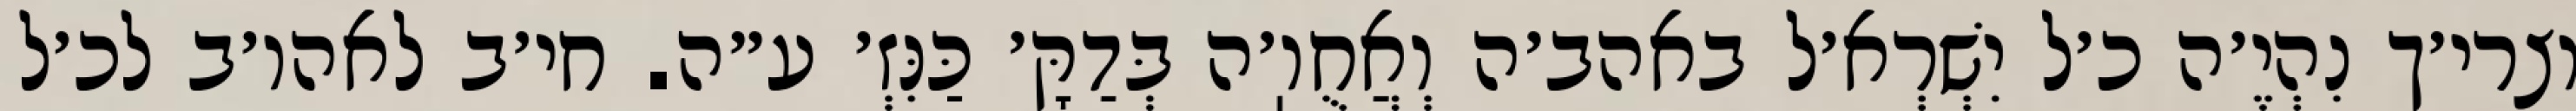
וצרי׳ך נִהְיֶ׳ה כ׳ל יִשְׁרְא׳ל באהב׳ה וְאֲחֻוֽ׳ה בְּדַקָּ׳ כַּנִּזְ׳ ע״ה. חי׳ב לאהו׳ב לכ׳ל